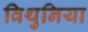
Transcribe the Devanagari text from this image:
विथुनिया